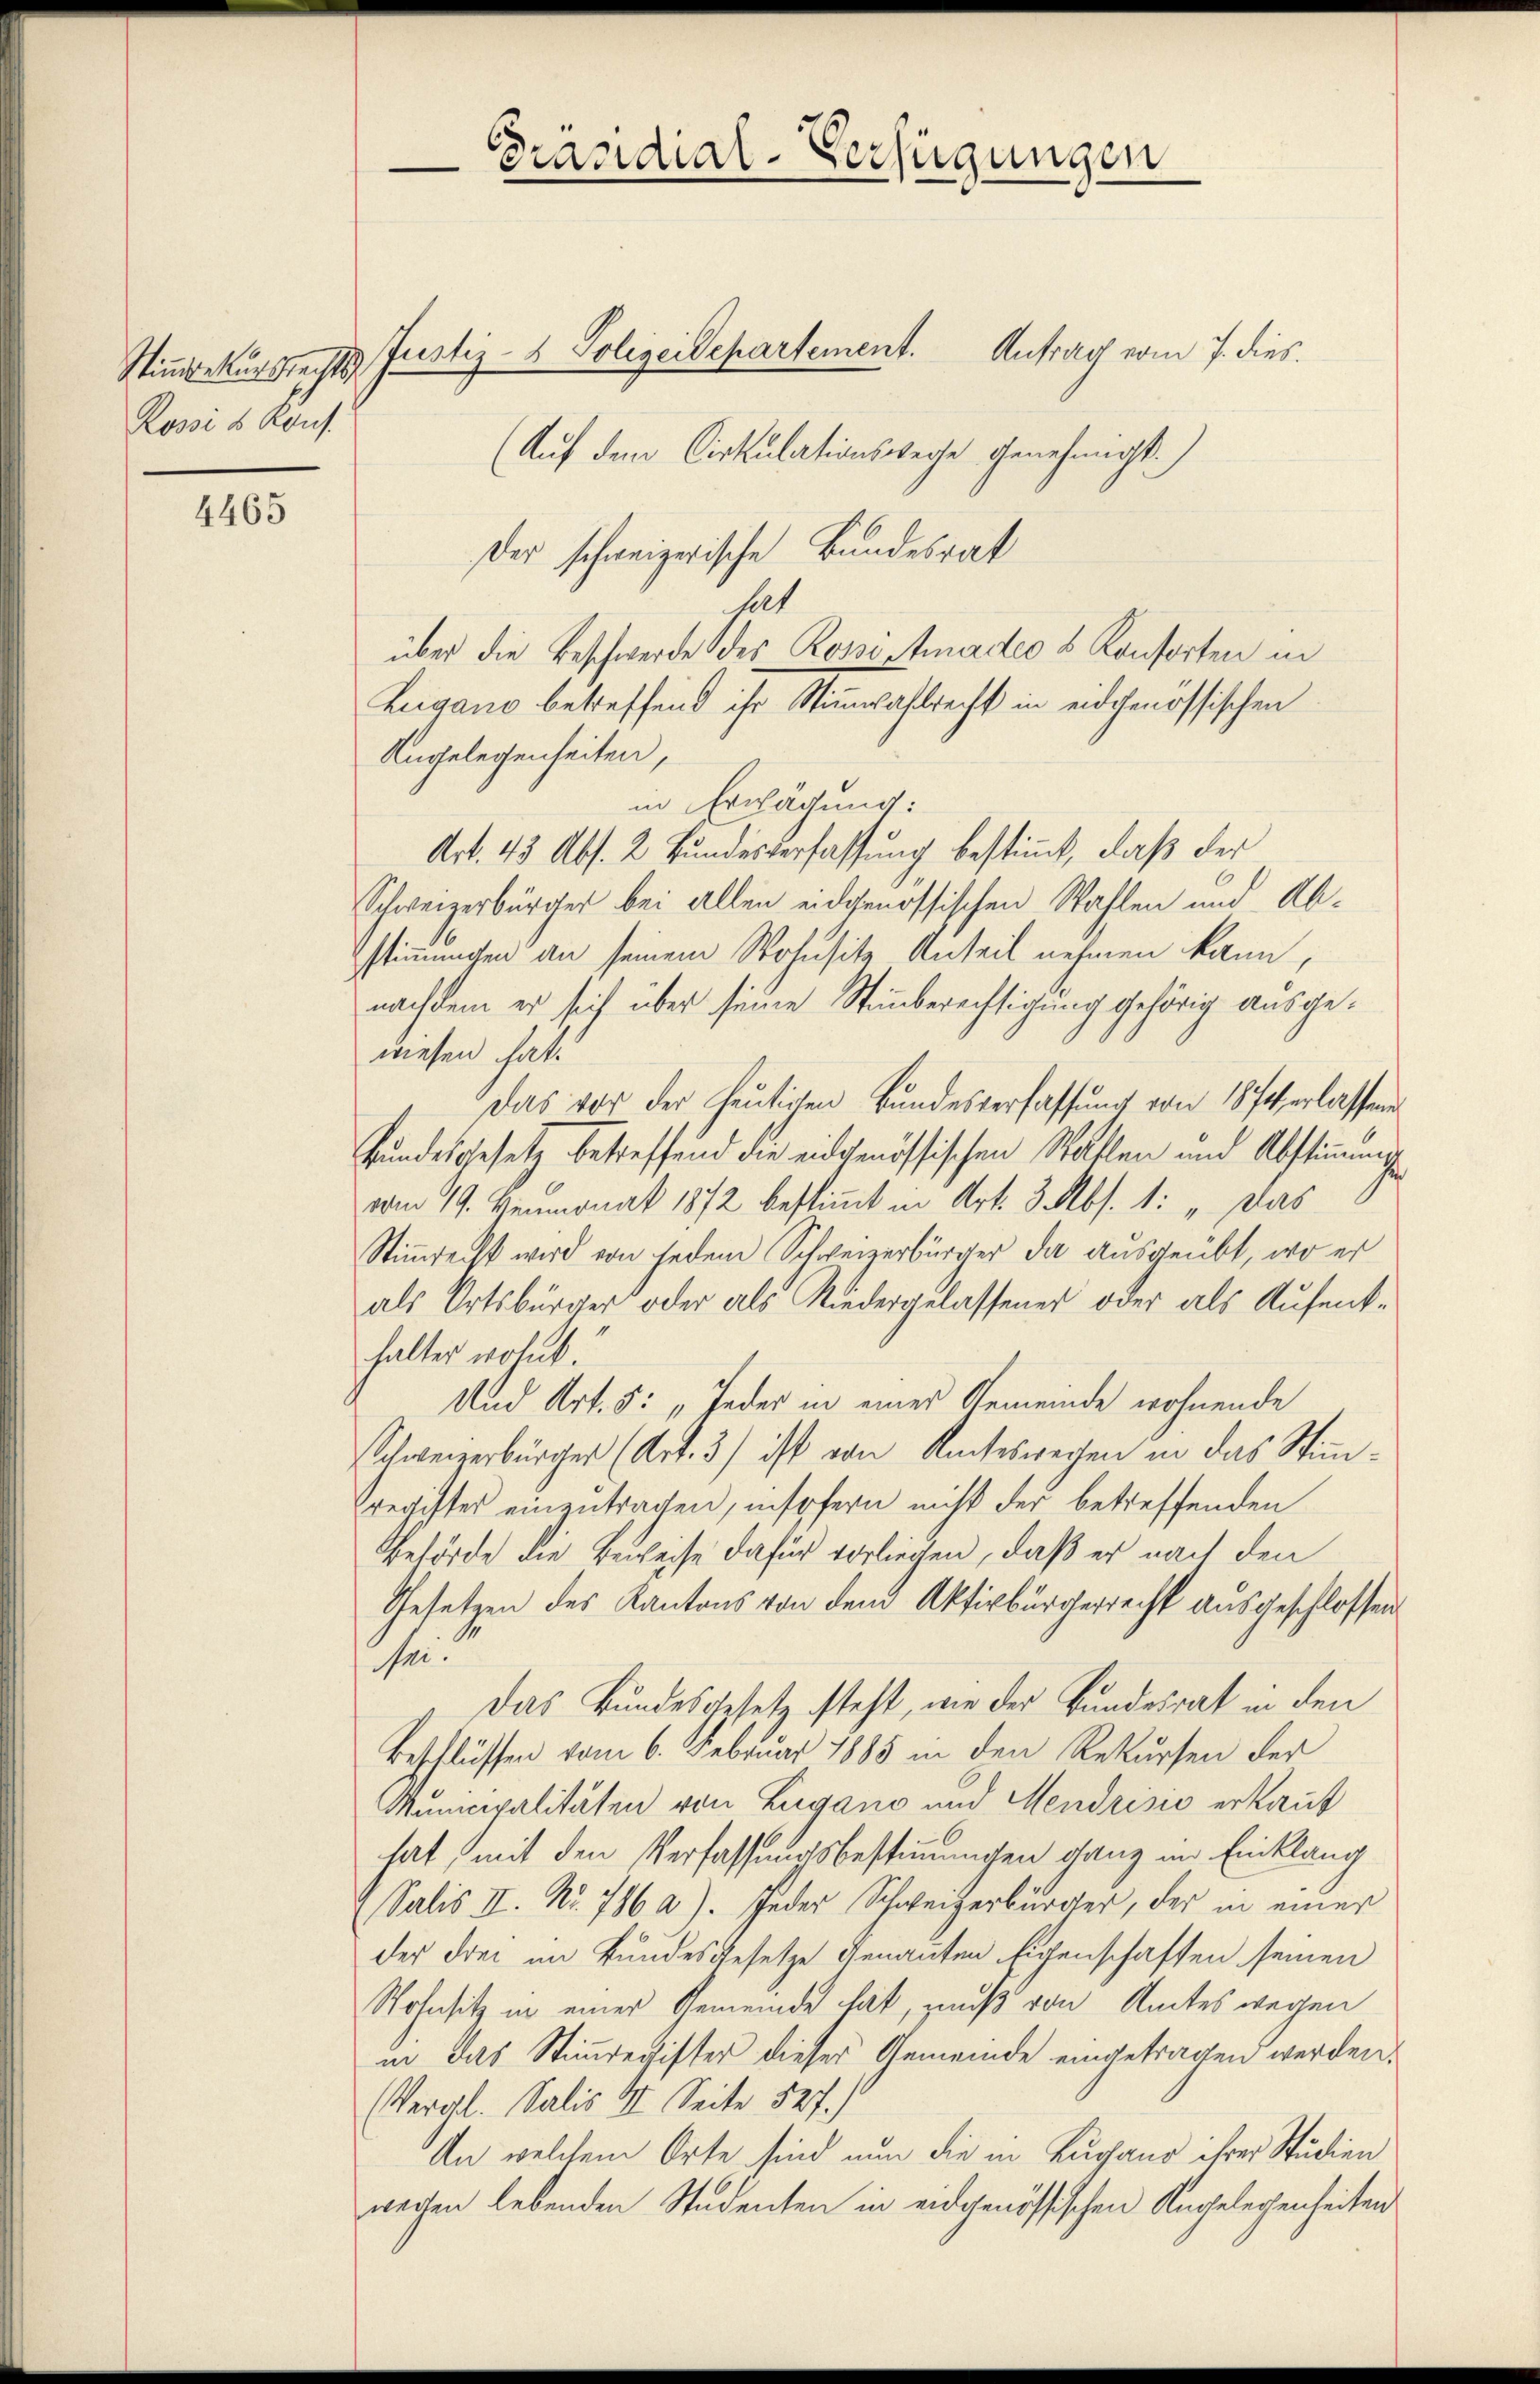
Rossi s Kons.

4465

(Auf dem Cirkulationswege genehmigt.
er schweizerische Bundesrat
hat
über die Beschwerde des Rossistiadeo s Konsorten in
Lugano betreffend ihr Stimmwahlrecht in eidgenössischen
Angelegenheiten,
in Erwägung:
Art. 43 Abs. 2. Bundesverfassung bestimmt, daß der
Schweizerbürger bei allen eidgenössischen Wahlen und Abstimmungen an seinem Wohnsitz Anteil nehmen kann,
nachdem er sich über seine Stimmberechtigung gehörig ausgewiesen hat.
Das vor der heŭtigen Bŭndesverfassŭng von 1874 erlassen
Bundesgesetz betreffend die eidgenössischen Statten und Abstimmunge
vom 19. Venmonat 1872 bestimmt in Art. 3 Abs. 1: „Das
Stimmrecht wird von jedem Schweizerbürger da ausgeübt, wo er
als Ortsbürger oder als Niedergelassener oder als Aufent-
halter wohnt.
Und Art. 5: „Jeder in einer Gemeinde wohnende
Schweizerbürger (Art. 3) ist von Rucheswegen in das Stimsregister einzutragen, insofern nicht der betreffenden
Behörde die Beweise dafür vorliegen, daß er nach den
Gesetzen des Kantons von dem Aktivbürgerrecht ausgeschlossen.
sei.
Das Bundesgesetz steht, wie der Bundesrat in den
Beschlüssen vom 6. Februar 1885 in den Rekursen der
Municipalitäten von Lugano und Mendrisis erkauf
hat, mit den Verfassungsbestimmungen ganz im Einklang
Salis II. Nr. 786 a). Jeder Schweizerbürger, der in einer
der drei im Bundesgesetze genannten Eigenschaften seinen
Wohnsitz in einer Gemeinde hat, muß von Amtes wegen
in das Stimmregister dieser Gemeinde eingetragen werden.
(Vergl. Salis II. Seite 527.
An welchem Orte sind nun die in Lugano ihrer Studien
wegen lebenden Studenten in eidgenössischen Angelegenheiten

Präsidial-Verfügungen

Stimmrekursrechts Justiz- & Polizeidepartement. Antrag vom 7. dies